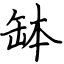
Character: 缽